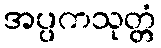
အပ္ပကသုတ္တံ